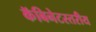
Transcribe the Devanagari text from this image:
कॅबिनेटस्तरीय